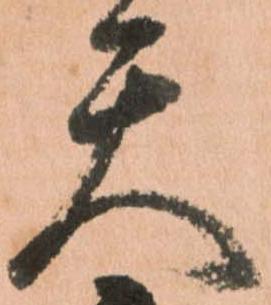
天